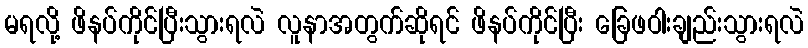
မရလို့ ဖိနပ်ကိုင်ပြီးသွားရလဲ လူနာအတွက်ဆိုရင် ဖိနပ်ကိုင်ပြီး ခြေဖဝါးချည်းသွားရလဲ